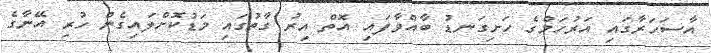
އާސަހަރާގައި އަރުހަމްގެ ހަށިގަނޑު ބާއްވާފައި އޮތް އިރު ގާތުގައި މަޑުކޮށްލައިގެން ހުރި އޭނާގެ